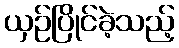
ယှဉ်ပြိုင်ခဲ့သည့်